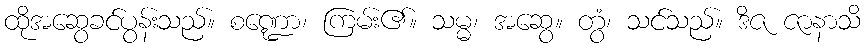
ထိုအဆွေခင်ပွန်းသည်။ စဏ္ဍော၊ ကြမ်း၏။ သမ္မ၊ အဆွေ။ တွံ၊ သင်သည်။ ဒိဇ ဇာနာသိ